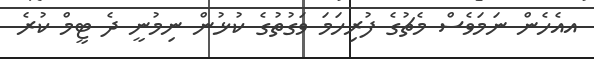
އއެހެން ނަމަވެސް މެޗުގެ ފުރިހަމަ ވަގުތުގެ ކުޅުން ނިމުނީ ދެ ޓީމް ކުރެ